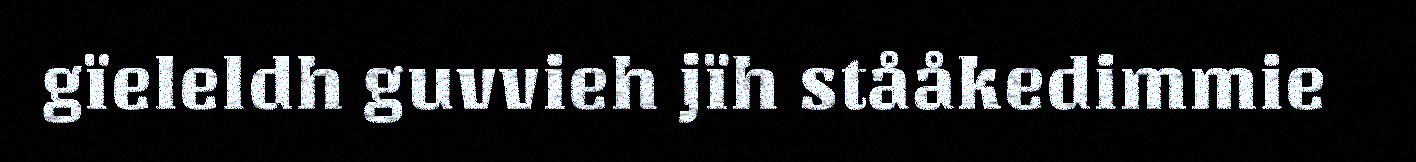
gïeleldh guvvieh jïh stååkedimmie